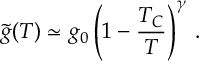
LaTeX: \tilde { g } ( T ) \simeq g _ { 0 } \left( 1 - \frac { T _ { C } } { T } \right) ^ { \gamma } \, .